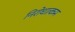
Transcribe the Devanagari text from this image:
निरोधात्कम